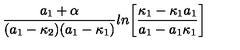
{ \frac { a _ { 1 } + \alpha } { ( a _ { 1 } - \kappa _ { 2 } ) ( a _ { 1 } - \kappa _ { 1 } ) } } l n \biggl [ { \frac { \kappa _ { 1 } - \kappa _ { 1 } a _ { 1 } } { a _ { 1 } - a _ { 1 } \kappa _ { 1 } } } \biggr ]